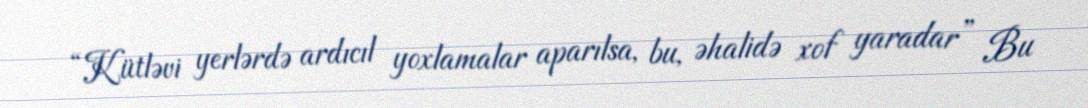
“Kütləvi yerlərdə ardıcıl yoxlamalar aparılsa, bu, əhalidə xof yaradar” Bu